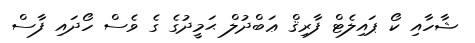
ޝާހާއި ކޯ ޕައިލެޓް ފާރިޤް ޢަބްދުލް ޙަމީދުގެ ގެ ވެސް ހޯދައި ފާސް